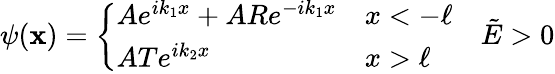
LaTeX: \psi(\mathbf{x})=\left\{ \begin{array}{ll}{Ae^{ik_{1}x}+ARe^{-ik_{1}x}}&{x<-\ell}\\ {ATe^{ik_{2}x}}&{x>\ell}\end{array}\right.\quad\tilde{{E}}>0